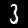
Digit: 3